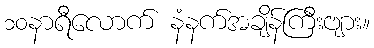
၁၀နာရီလောက် နံနက်အချိန်ကြီးဗျား။